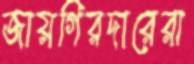
জায়গিরদারেরা